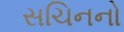
સચિનનો